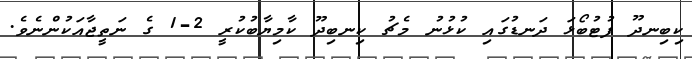
ކިބިނދޫ ފުޓުބޯޅަ ދަނޑުގައި ކުޅުނު މެޗު ކިނބިދޫ ކާމިޔާބުކުރީ 2-1 ގެ ނަތީޖާއަކުންނެވެ.